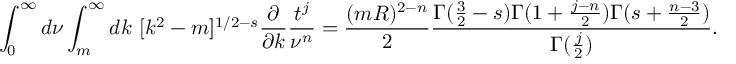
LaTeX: \int _ { 0 } ^ { \infty } d \nu \int _ { m } ^ { \infty } d k \ [ k ^ { 2 } - m ] ^ { 1 / 2 - s } \frac { \partial } { \partial k } \frac { t ^ { j } } { \nu ^ { n } } = \frac { ( m R ) ^ { 2 - n } } 2 \frac { \Gamma ( \frac 3 2 - s ) \Gamma ( 1 + \frac { j - n } 2 ) \Gamma ( s + \frac { n - 3 } 2 ) } { \Gamma ( \frac j 2 ) } .